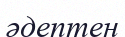
әдептен